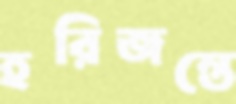
হরিজন্তে